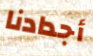
أجدادنا